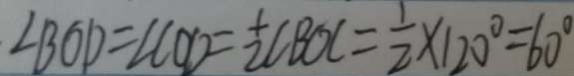
\angle B O D = \angle C O D = \frac { 1 } { 2 } \angle B O C = \frac { 1 } { 2 } \times 1 2 0 ^ { \circ } = 6 0 ^ { \circ }